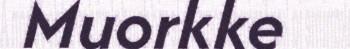
Muorkke